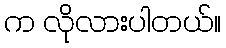
က လိုလားပါတယ်။